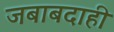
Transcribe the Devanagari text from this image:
जबाबदाही